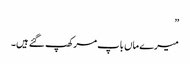
”
میرے ماں باپ مر کھپ گئے ہیں۔